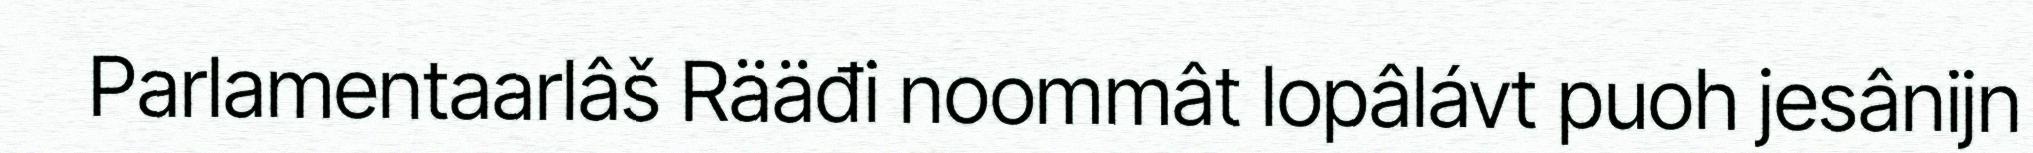
Parlamentaarlâš Rääđi noommât lopâlávt puoh jesânijn